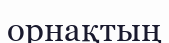
орнақтың